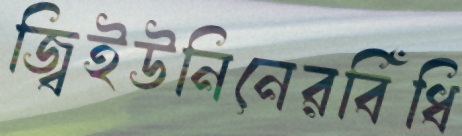
জ্বিইউনিনেরবিঁধি